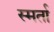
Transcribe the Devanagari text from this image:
स्मर्ता